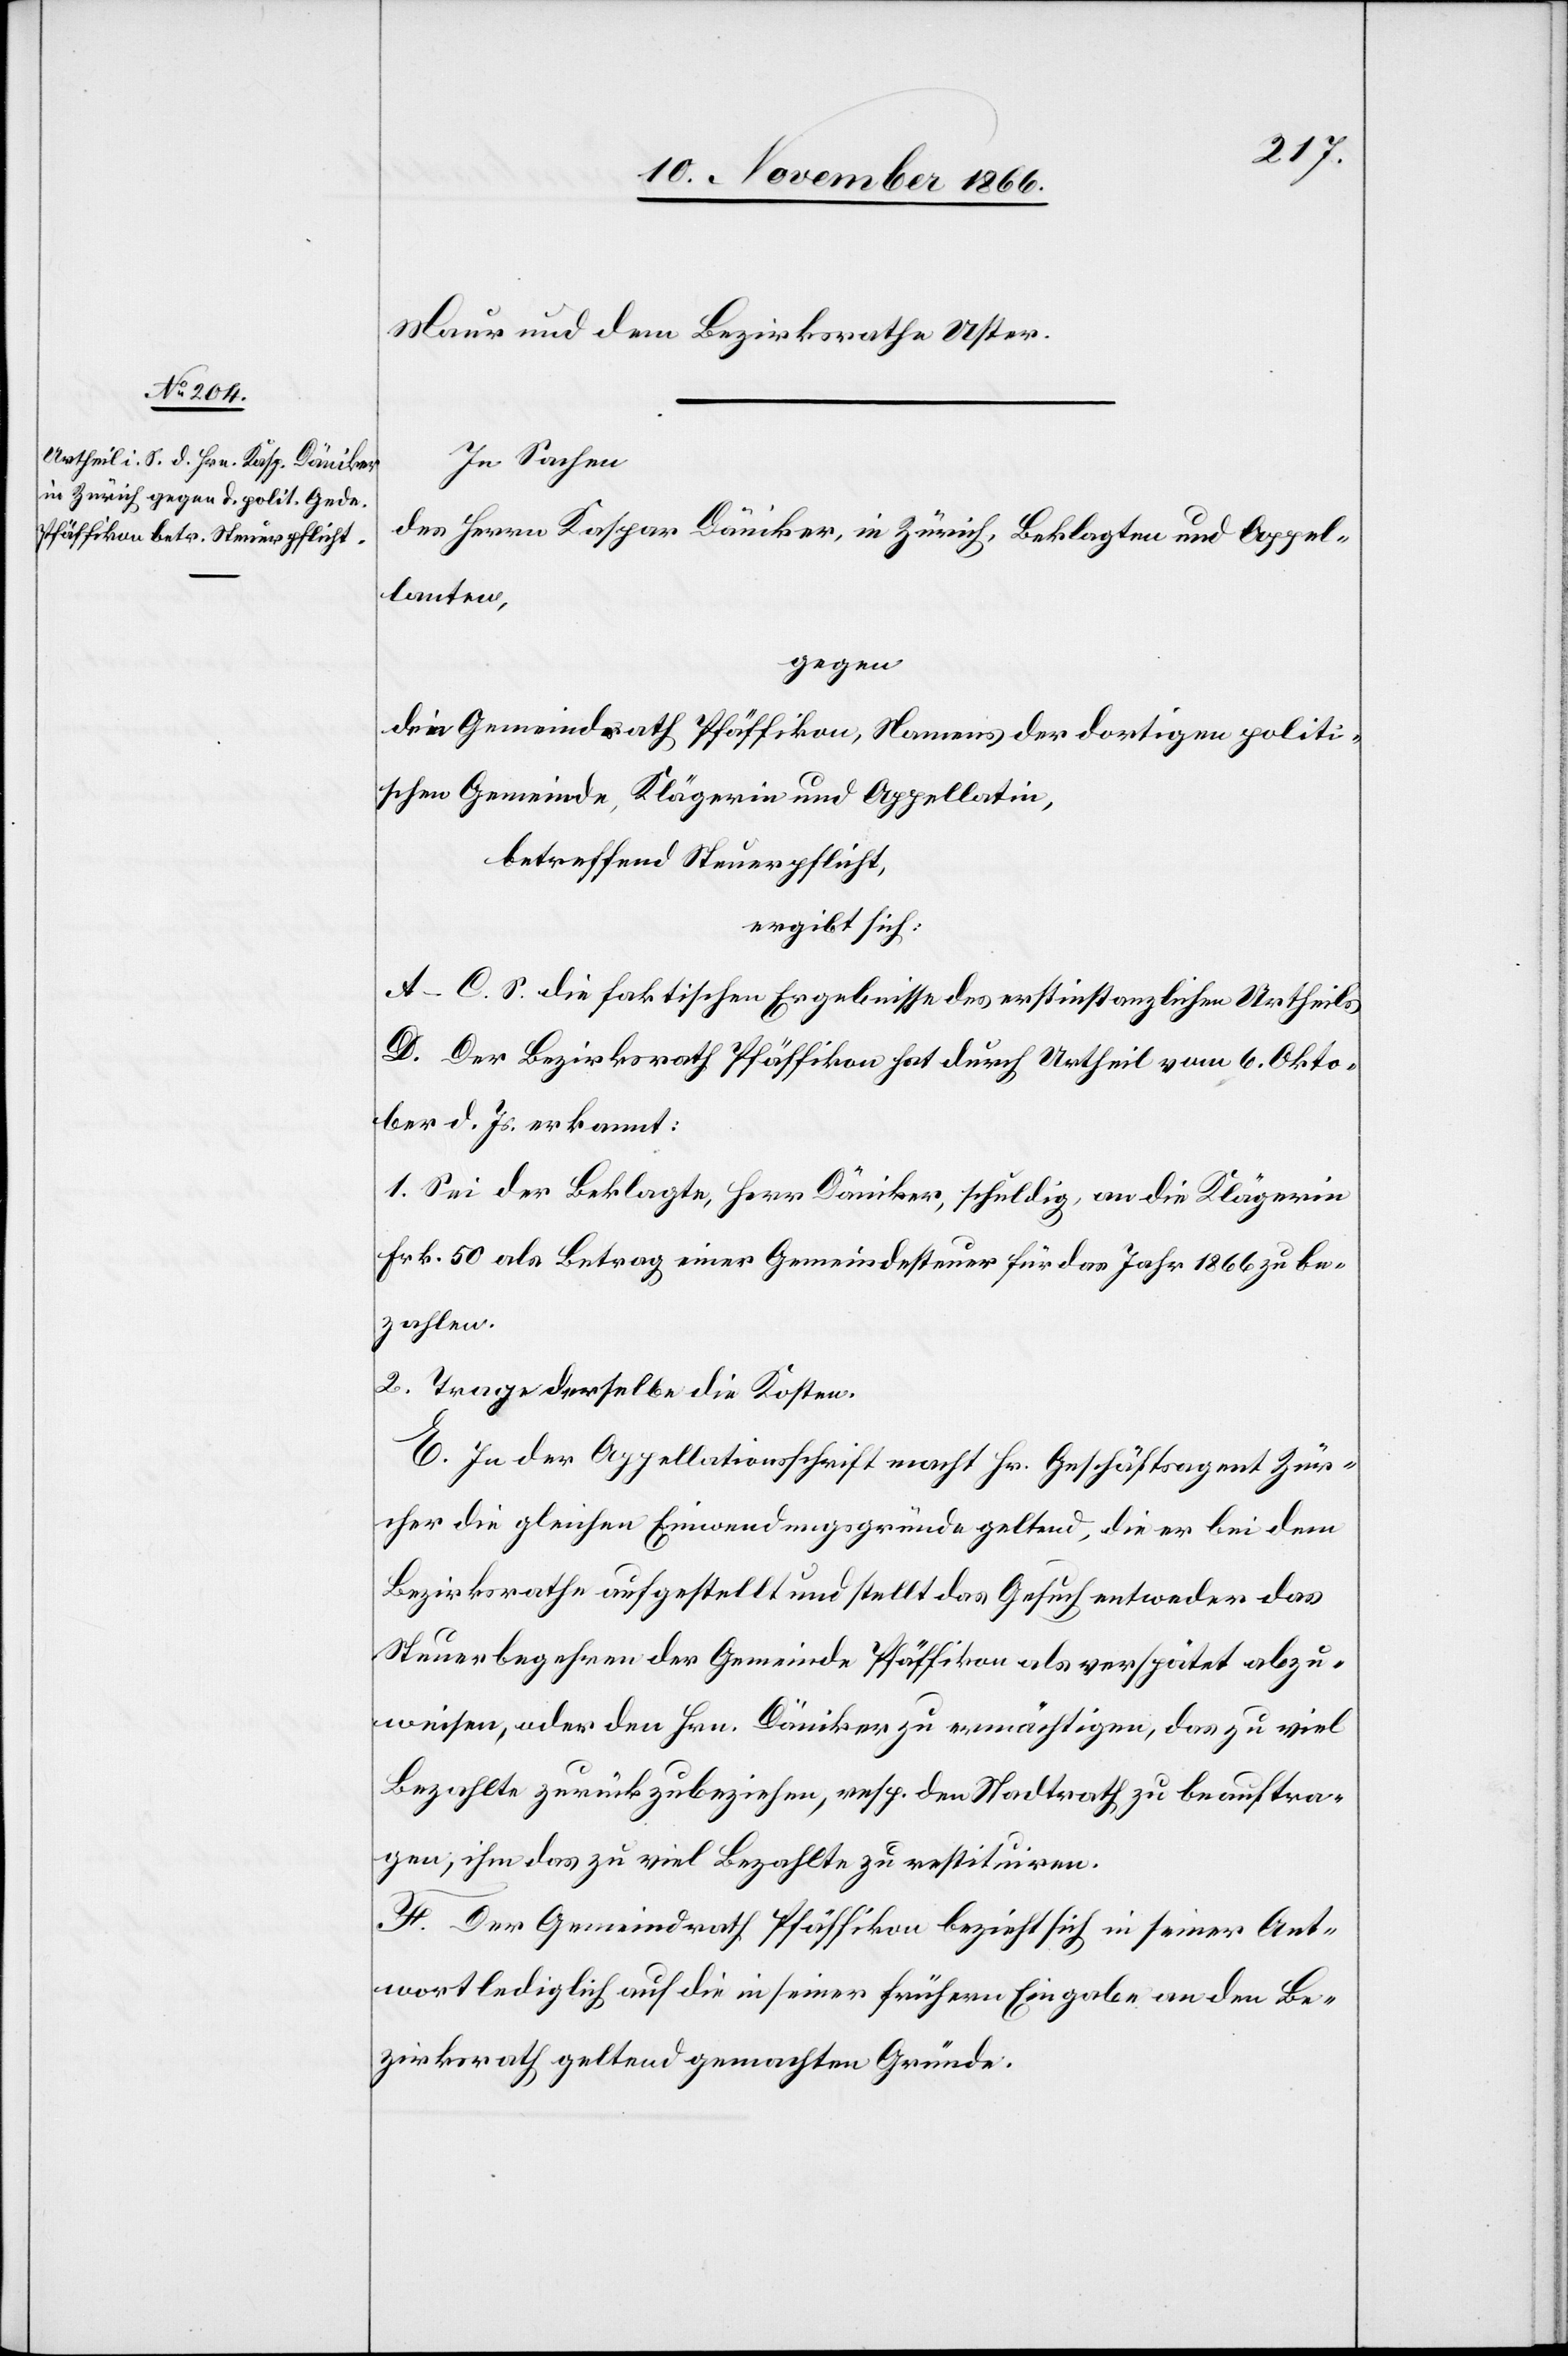
Maur und dem Bezirksrathe Uster.
In Sachen
des Herrn Kaspar Däniker, in Zürich, Beklagten und Appel¬
lanten,
gegen
den Gemeindrath Pfäffikon, Namens der dortigen politi¬
schen Gemeinde, Klägerin und Appellatin,
betreffend Steuerpflicht,
ergibt sich:
A–C. S. die faktischen Ergebnisse des erstinstanzlichen Urtheils.
D. Der Bezirksrath Pfäffikon hat durch Urtheil vom 6. Okto¬
ber d. Js. erkannt:
1. Sei der Beklagte, Herr Däniker, schuldig, an die Klägerin
Frk. 50 als Betrag einer Gemeindesteuer für das Jahr 1866 zu be¬
zahlen.
2. Trage derselbe die Kosten.
E. In der Appellationsschrift macht Hr. Geschäftsagent Zür¬
cher die gleichen Einwendungsgründe geltend, die er bei dem
Bezirksrathe aufgestellt und stellt das Gesuch entweder das
Steuerbegehren der Gemeinde Pfäffikon als verspätet abzu¬
weisen, oder den Hrn. Däniker zu ermächtigen, das zu viel
Bezahlte zurückzubeziehen, resp. den Stadtrath zu beauftra¬
gen, ihm das zu viel Bezahlte zu restituiren.
F. Der Gemeindrath Pfäffikon bezieht sich in seiner Ant¬
wort lediglich auf die in seiner frühern Eingabe an den Be¬
zirksrath geltend gemachten Gründe.